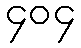
၄၀၄